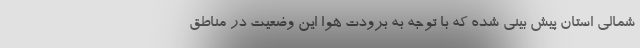
شمالی استان پیش بینی شده که با توجه به برودت هوا این وضعیت در مناطق